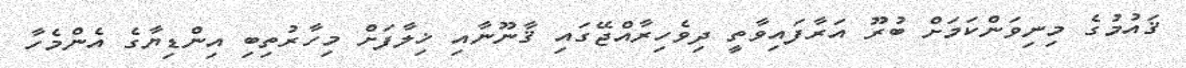
ޤައުމުގެ މިނިވަންކަމަށް ބުރޫ އަރާފައިވާތީ ދިވެހިރާއްޖޭގައި ޤާނޫނާއި ޚިލާފަށް މިހާރުތިބި އިންޑިޔާގެ އެންމެހާ